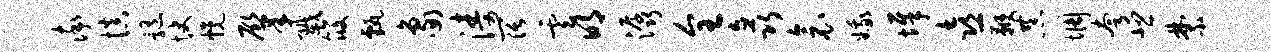
率慎髓快幌肇戮筱甄象涛阔云明潺全矗衾娥墀喜鞭恭惆夸悲禁